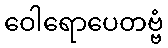
ဝေါရောပေတဗ္ဗံ